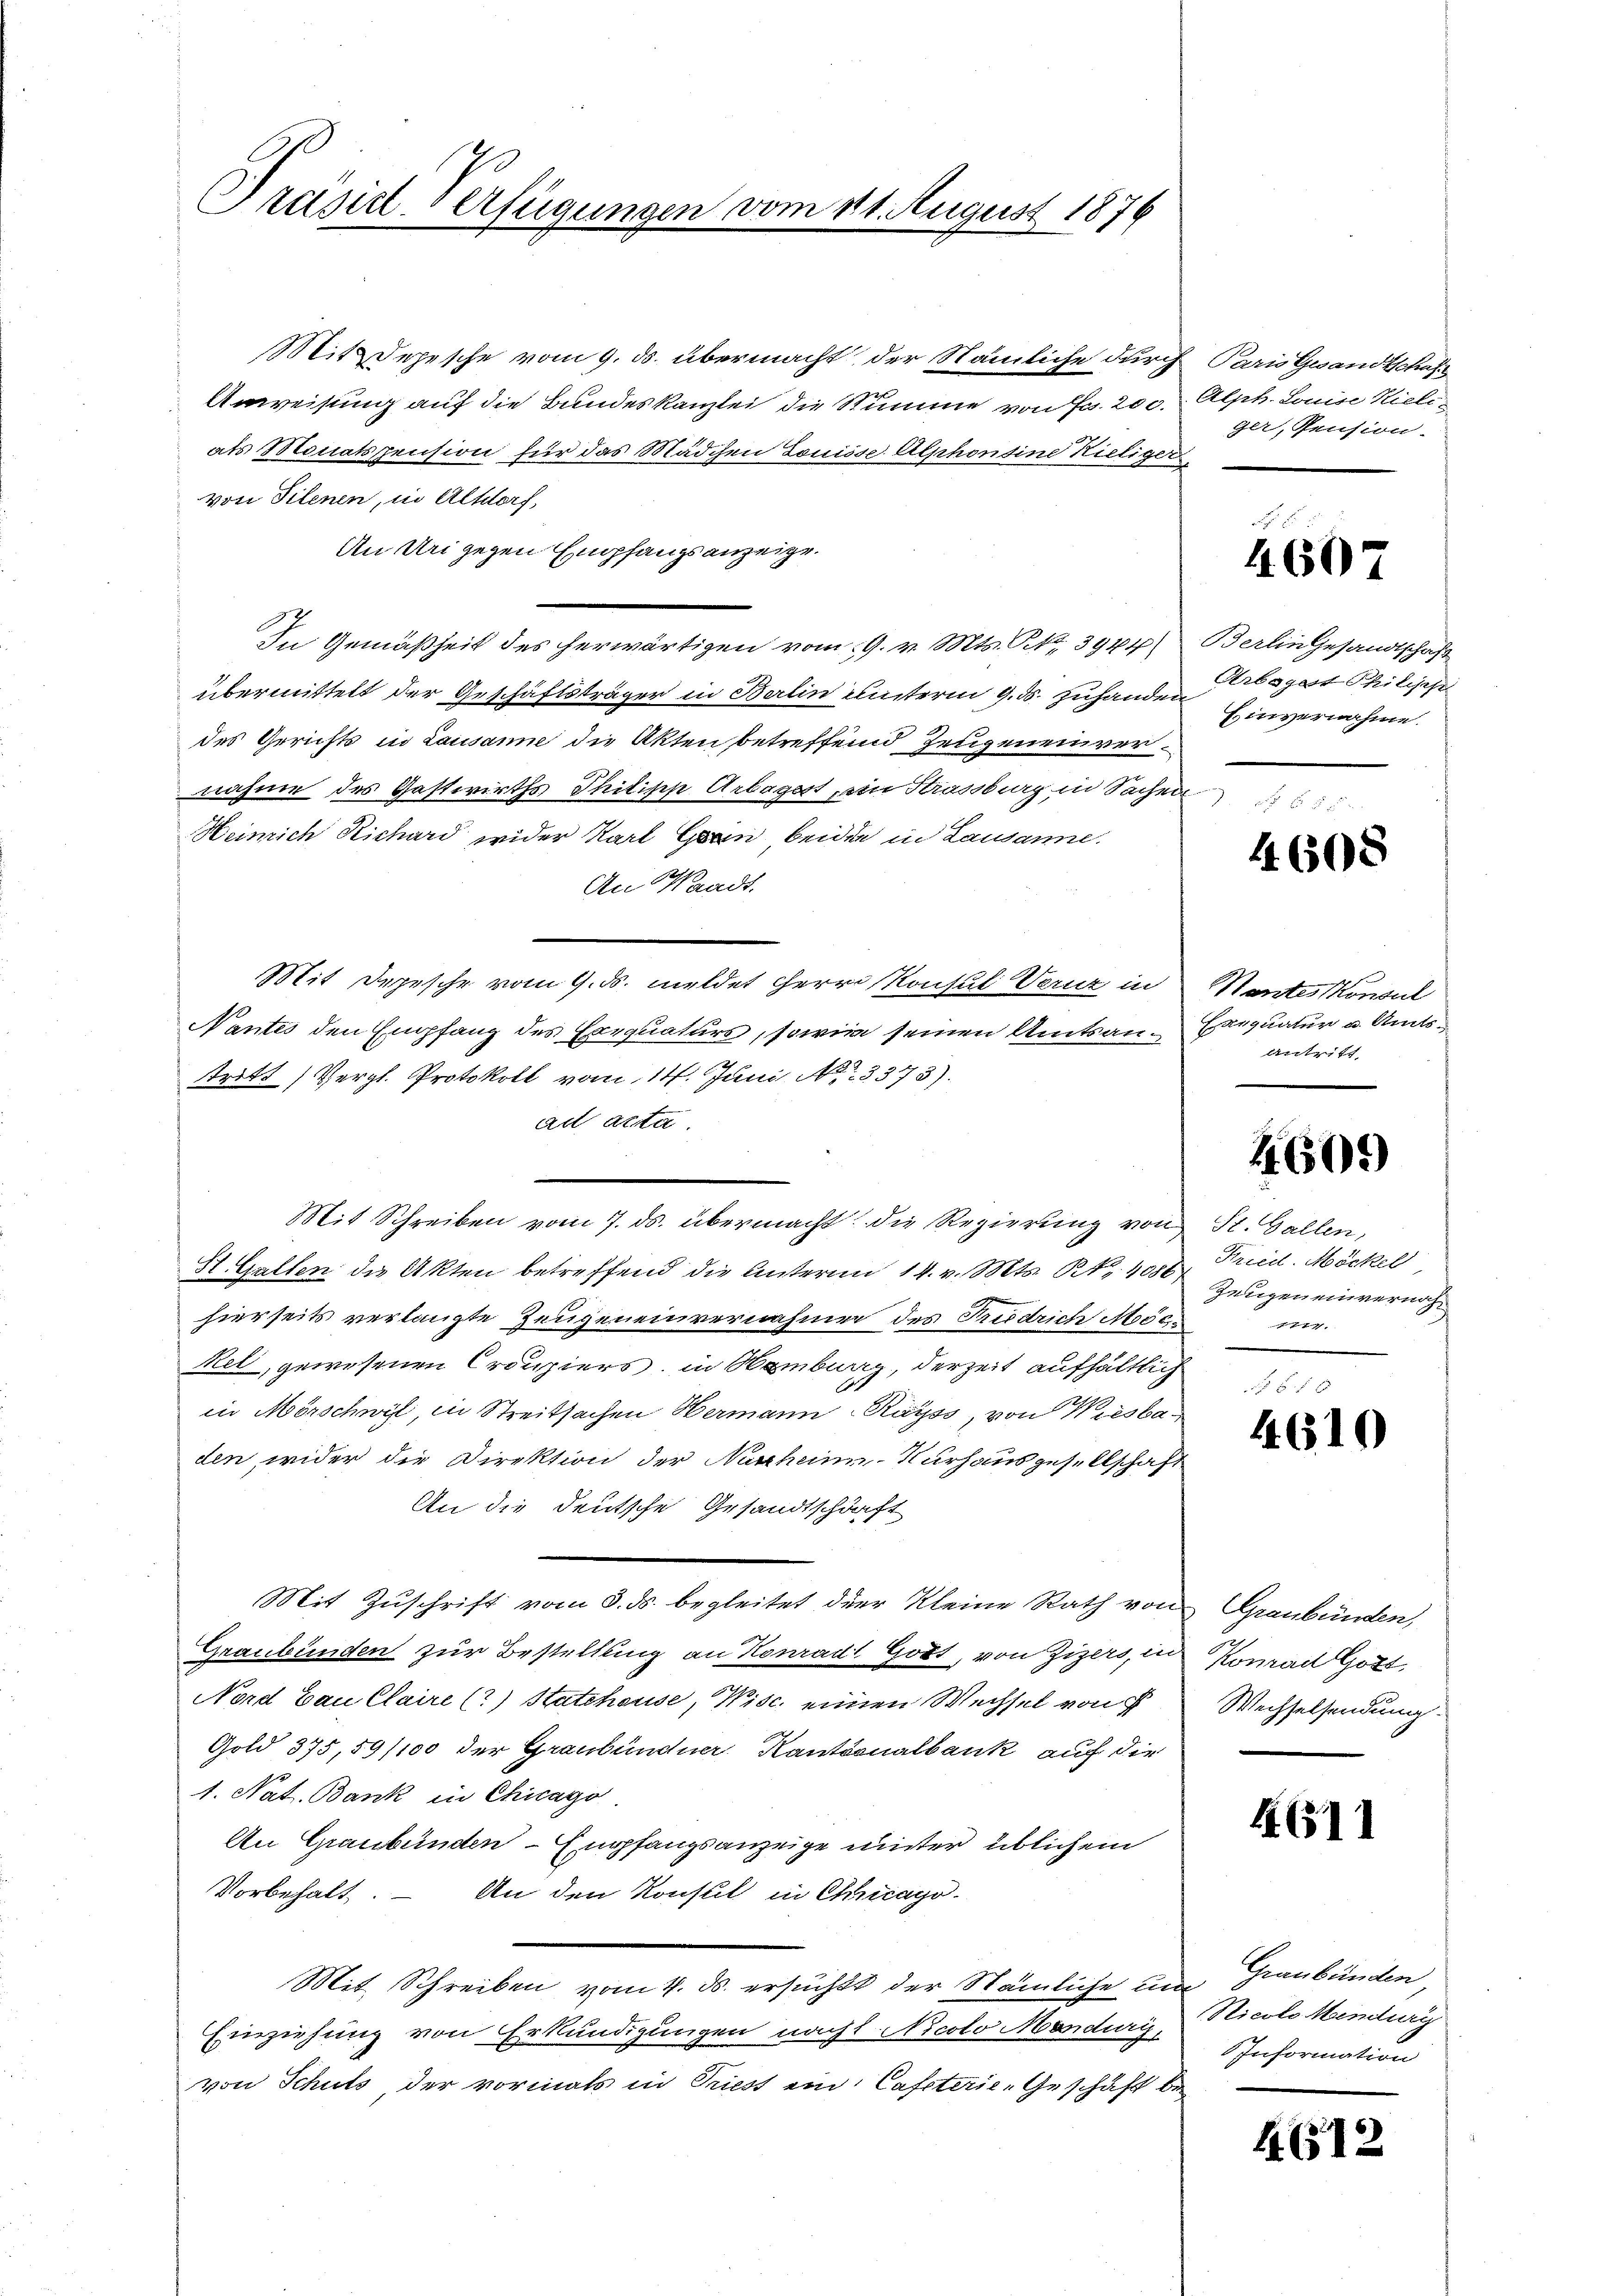
Präsirt Verfügungen vom 11. August 1876

Mit Depesche vom 9. ds. übermacht, der Nämliche durch
Anweisung auf die Bundeskanzlei die Summe von Fr. 200.
als Monatspension für das Mädchen Louisse Alphonsine Rietiger
von Filenen, in Altdorf,
An Drei gegen Empfangsanzeige.
In Gemäßheit des herwärtigen vom 19. v. Mts. N. N. 3944) Berlingesandtschaft
übermittelt der Geschäftsträger in Berlin unterm 9. ds. zuhander Abspert Philische
des Gerichts in Lausanne die Akten betreffend Zeugeneinvernahme des Gastwirths Thilipp Arbagest, ein Strassburg in Sachen
Heinrich Richard wider Karl Gran beiden in Lausanne.
An Waadt.
Mit Depesche vom 9. ds. meldet Herrn Konsul Veruz in Stantes Konsul
Nantes den Empfang des Exequaturs, sowie seinen Amtsan-Exequatur u. Amtstritt (Vergl. Protokoll vom 14. Juni 18. 3373).
ad acta
Mit Schreiben vom 7. ds. übermacht die Regierung von St. Gallen,
St. Gallen die Akten betreffend die Unterm 14. v. Mts. N. 4086,
hierseits verlangte Zeugeneinvernahmen des Triedrich Mosc¬
Rel, gewesenen Croupiers, in Hamburg, derzeit aufhältlich
in Mörschwil, in Streitsachen Hermann-Rayss, von Wiesbaden, wider die Direktion der Nussheim-Kurhaus gesellschaf
An die deutsche Gesandtschaft
Mit Zuschrift vom 3. ds. begleitet der Kleine Rath von Graubünden,
Graubünden zur Bestellung an Konradt Gott, von Zizers, in
Nord Bau Claire (?) Statchouse, Wisc. einen Wechsel von
Gold 375,59/100 der Graubündner Kantonalbank auf die
1. Nat. Bank in Chicago
An Graubünden - Empfangsanzeige unter üblichem
Vorbehalt
An den Konsul in Chicago
Mit Schreiben vom 4. ds. ersucht der Nämliche um Graubünden,
Einziehung von Erkundigungen nacht. Nicolo Mandaris,
von Schuts, der vormals in Priest ein Cafeterie-Geschäft be

7 Paris Gesandtschaft
Alph. Louise Hieli
ger, Pension.

c

4607

Einvernahme.

4. 608

Antritt,

4609

Fried. Möckel
Zeugen einvernahnie

4610

Konrad Gott.
Wechselsendung.

4611

Nicolo Mindury
Information

1612